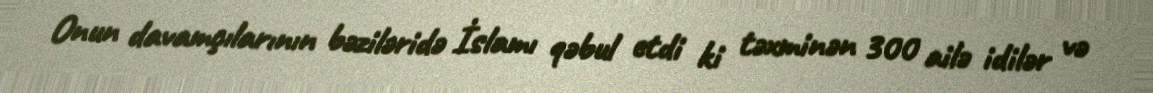
Onun davamçılarının bəziləridə İslamı qəbul etdi ki təxminən 300 ailə idilər və